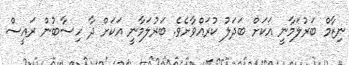
ނިޒާމް ބަރުލަމާނީ އަކަށް ބަދަލު ކުރައްވާށެވެ. ބަރުލަމާނީ އަކަށް ދާ ހިސާބުން ރައީސް